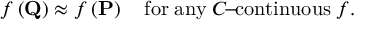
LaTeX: f \left( \mathbf { Q } \right) \approx f \left( \mathbf { P } \right) \mathrm { \quad f o r \; a n y \; } C \mathrm { \! - \! c o n t i n u o u s } \; f .